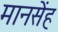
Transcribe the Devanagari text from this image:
मानसेंह